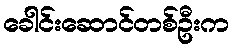
ခေါင်းဆောင်တစ်ဦးက